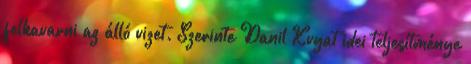
felkavarni az álló vizet. Szerinte Danil Kvyat idei teljesítménye